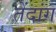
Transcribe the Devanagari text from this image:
तेंदांग